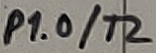
Text: P1.0/T2